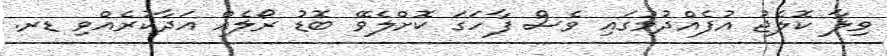
ވިލާ ކޮލެޖު އުފެއްދުމުގައި ވެސް ފާހަގަ ކޮށްލެވޭ ބޮޑު ރޯލެއް އަދާކުރެއްވި ޑރ.